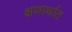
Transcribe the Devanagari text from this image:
क्षणार्थात